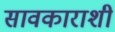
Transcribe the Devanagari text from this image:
सावकाराशी